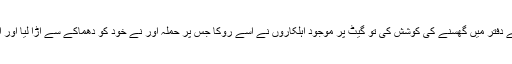
خودکش حملہ آور نے پولیٹیکل انتظامیہ کے دفتر میں گھسنے کی کوشش کی تو گیٹ پر موجود اہلکاروں نے اسے روکا جس پر حملہ آور نے خود کو دھماکے سے اڑا لیا اور اس کے نتیجے میں تین اہلکار شہید ہوگئے۔